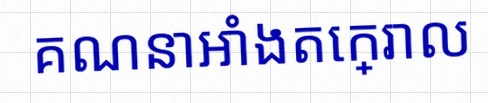
គណនាអាំងតេក្រាល